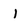
Character: 1